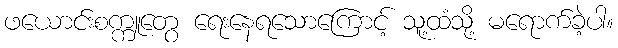
ဖယောင်းစက္ကူတွေ ရေးနေရသောကြောင့် သူ့ထံသို့ မရောက်ခဲ့ပါ။